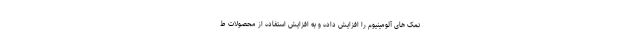
نمک های آلومینیوم را افزایش داده و به افزایش استفاده از محصولات ط